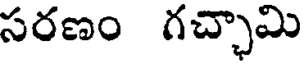
సరణం గచ్చామి